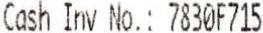
CASH INV NO.: 7830F715